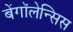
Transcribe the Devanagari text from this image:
बेंगॉलेन्सिस